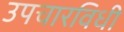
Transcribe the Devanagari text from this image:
उपचारविधी